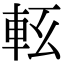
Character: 𨋇